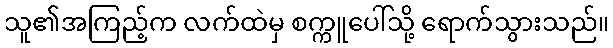
သူ၏အကြည့်က လက်ထဲမှ စက္ကူပေါ်သို့ ရောက်သွားသည်။